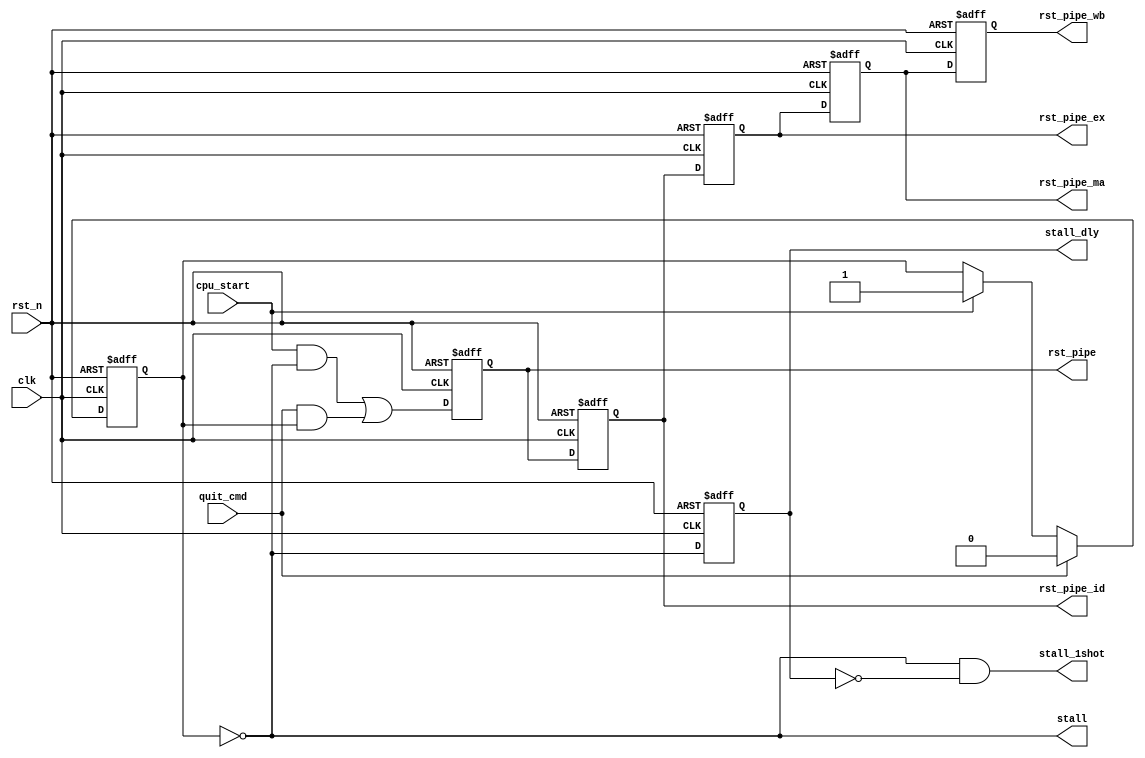
/*
 * My RISC-V RV32I CPU
 *   CPU Status Module
 *    Verilog code
 * @auther		Yoshiki Kurokawa <yoshiki.k963@gmail.com>
 * @copylight	2021 Yoshiki Kurokawa
 * @license		https://opensource.org/licenses/MIT     MIT license
 * @version		0.1
 */

module cpu_status(
	input clk,
	input rst_n,

	// from control
	input cpu_start,
	input quit_cmd,
	// to CPU
	output stall,
	output stall_1shot,
	output reg stall_dly,
	output reg rst_pipe,
	output reg rst_pipe_id,
	output reg rst_pipe_ex,
	output reg rst_pipe_ma,
	output reg rst_pipe_wb
	);

reg cpu_run_state;

always @ (posedge clk or negedge rst_n) begin
	if (~rst_n)
		cpu_run_state <= 1'b0;
	else if (quit_cmd)
		cpu_run_state <= 1'b0;	
	else if (cpu_start)
		cpu_run_state <= 1'b1;
end

//wire cpu_running = cpu_run_state; 

// stall signal : currently controlled by outside

assign stall = ~cpu_run_state;

always @ (posedge clk or negedge rst_n) begin
    if (~rst_n)
        stall_dly <= 1'b1 ;
	else
		stall_dly <= stall;
end

assign stall_1shot = stall & ~stall_dly;

// pipeline reset signal

wire start_reset = cpu_start & ~cpu_run_state;
wire end_reset = quit_cmd & cpu_run_state;


always @ (posedge clk or negedge rst_n) begin
    if (~rst_n)
        rst_pipe <= 1'b0 ;
	else
		rst_pipe <= start_reset | end_reset;
end

always @ (posedge clk or negedge rst_n) begin
    if (~rst_n) begin
        rst_pipe_id <= 1'b0 ;
        rst_pipe_ex <= 1'b0 ;
        rst_pipe_ma <= 1'b0 ;
        rst_pipe_wb <= 1'b0 ;
	end
	else begin
        rst_pipe_id <= rst_pipe;
        rst_pipe_ex <= rst_pipe_id;
        rst_pipe_ma <= rst_pipe_ex;
        rst_pipe_wb <= rst_pipe_ma;
	end
end

endmodule